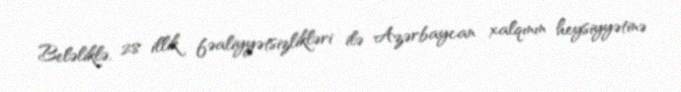
Beləliklə, 28 illik fəaliyyətsizlikləri ilə Azərbaycan xalqının heysiyyətinə